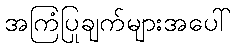
အကြံပြုချက်များအပေါ်